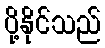
ပို့နိုင်သည်